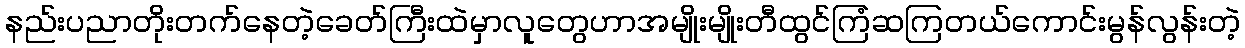
နည်းပညာတိုးတက်နေတဲ့ခေတ်ကြီးထဲမှာလူတွေဟာအမျိုးမျိုးတီထွင်ကြံဆကြတယ်ကောင်းမွန်လွန်းတဲ့